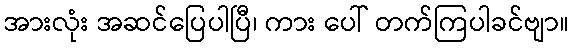
အားလုံး အဆင်ပြေပါပြီ၊ ကား ပေါ် တက်ကြပါခင်ဗျာ။